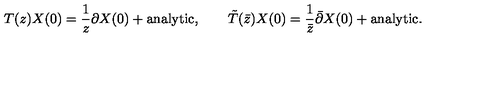
T ( z ) X ( 0 ) = \frac { 1 } { z } \partial X ( 0 ) + \mathrm { a n a l y t i c } , \qquad \tilde { T } ( \bar { z } ) X ( 0 ) = \frac { 1 } { \bar { z } } \bar { \partial } X ( 0 ) + \mathrm { a n a l y t i c } .